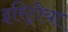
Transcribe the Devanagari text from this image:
इरिट्रीया